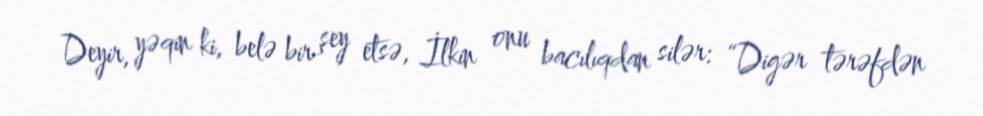
Deyir, yəqin ki, belə bir şey etsə, İlkin onu bacılıqdan silər: “Digər tərəfdən